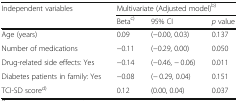
<table><thead><tr><td rowspan="2"><b>Independent variables</b></td><td colspan="3"><b>Multivariate (Adjusted model)<sup>b)</sup></b></td></tr><tr><td><b>Beta<sup>c)</sup></b></td><td><b>95% CI</b></td><td><b><i>p</i> value</b></td></tr></thead><tbody><tr><td>Age (years)</td><td>0.09</td><td>(−0.00, 0.03)</td><td>0.137</td></tr><tr><td>Number of medications</td><td>−0.11</td><td>(−0.29, 0.00)</td><td>0.050</td></tr><tr><td>Drug-related side effects: Yes</td><td>−0.14</td><td>(−0.46, − 0.06)</td><td>0.011</td></tr><tr><td>Diabetes patients in family: Yes</td><td>−0.08</td><td>(− 0.29, 0.04)</td><td>0.151</td></tr><tr><td>TCI-SD score<sup>d)</sup></td><td>0.12</td><td>(0.00, 0.04)</td><td>0.037</td></tr></tbody></table>